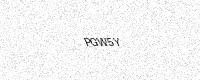
Text: PGW5Y